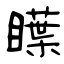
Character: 瞸